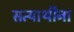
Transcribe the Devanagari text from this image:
सत्यार्थींना